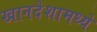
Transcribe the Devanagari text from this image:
खानदेशामध्ये